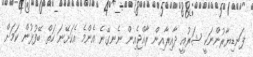
ފަނޑިޔާރުންނަކީ ޝަރުއީ ދާއިރާއިން ރާއްޖެއިން ނެނގޭނެ އެންމެ އެކަށޭނަ ހަތް ބޭފުޅުން ކަމަށް